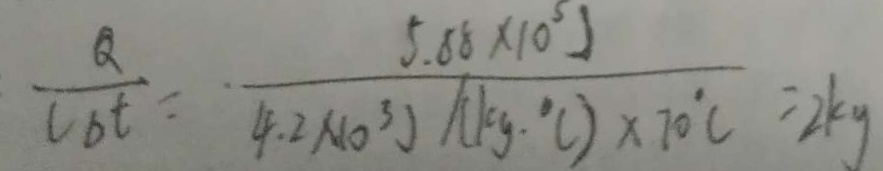
\frac { Q } { C _ { b t } } = \frac { 5 . 8 8 \times 1 0 ^ { 5 } 0 } { 4 . 2 \times 1 0 ^ { 3 } J / ( k g \cdot ^ { \circ } C ) \cdot 7 0 ^ { \circ } C } = 2 k g